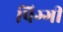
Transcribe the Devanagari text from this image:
पिग्गी